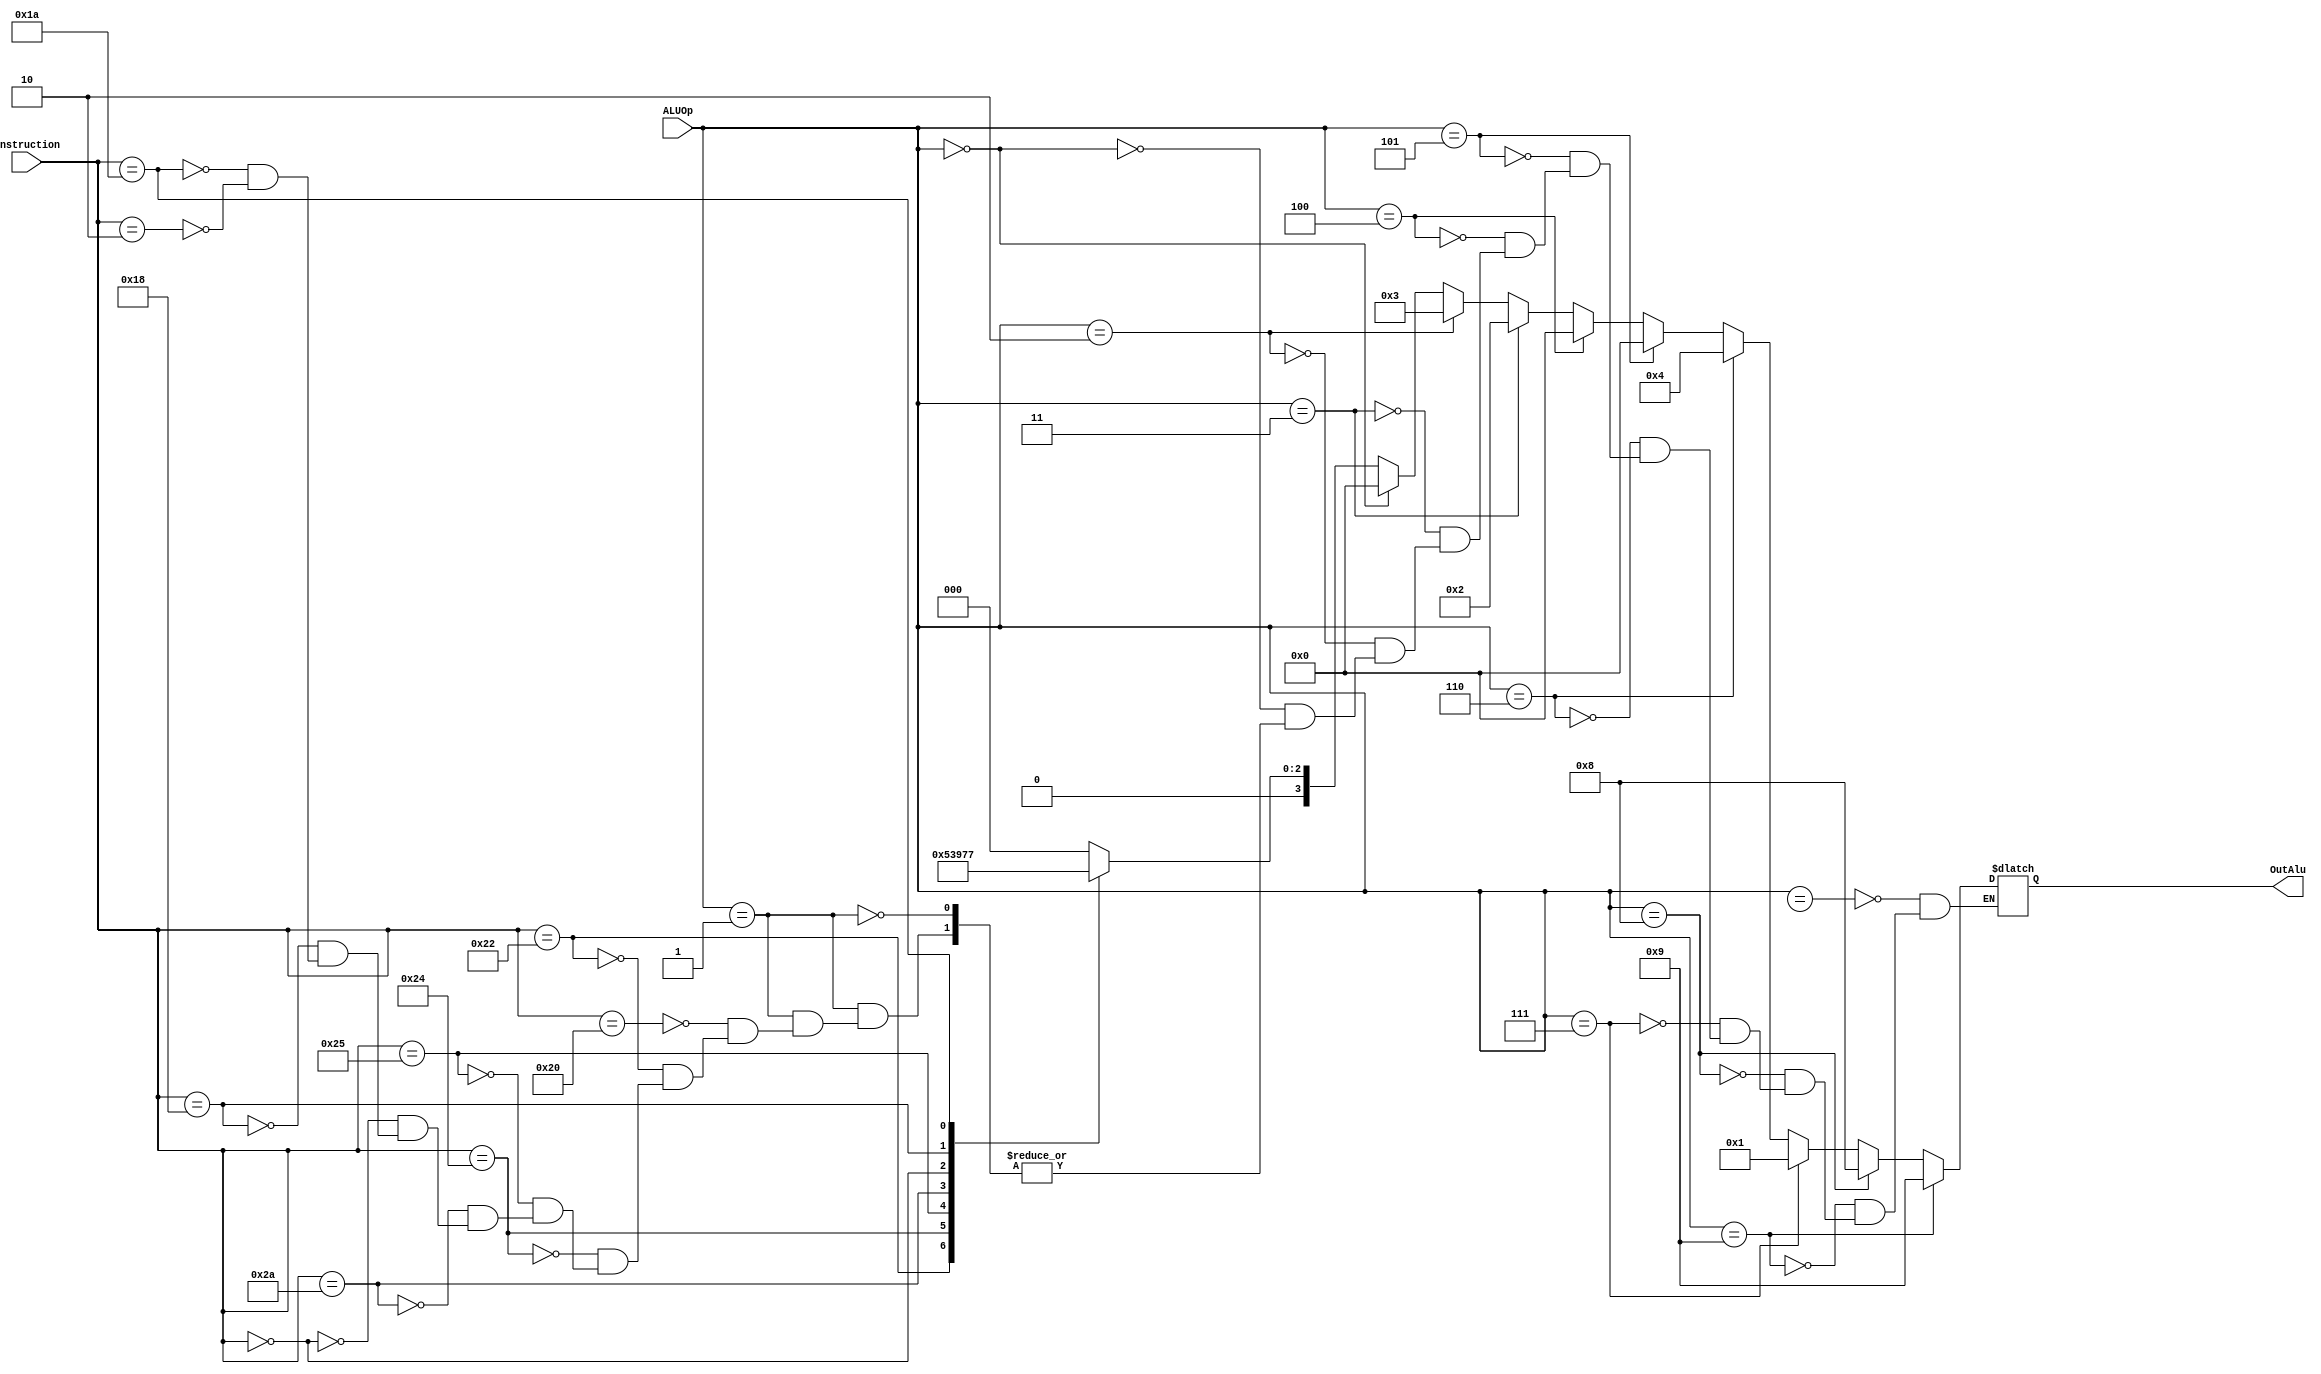
`timescale 1ns/1ns
module ALUCONTROL(
    input [5:0] Instruction,
    input [3:0] ALUOp,
    output reg[3:0] OutAlu
);
always @* 
begin
    if (ALUOp == 4'b0001)
    begin
      case (Instruction)
          6'b100000:
          begin
            OutAlu = 4'd0;
          end
          6'b100010:
          begin
            OutAlu = 4'd1;
          end
          6'b100100:
          begin
            OutAlu = 4'd2;
          end
          6'b100101:
          begin
            OutAlu = 4'd3;
          end
          6'b101010:
          begin
            OutAlu = 4'd4;
          end
      6'b000000:
          begin
            OutAlu = 4'd5;
          end
      6'b011000:
          begin
            OutAlu = 4'd6;
          end
      6'b011010:
          begin
            OutAlu = 4'd7;
          end
        6'b000010: //Mismo que tipo J
        begin
            OutAlu = 4'dx;
        end
        endcase
    end
	
	//Addi.
	if (ALUOp == 4'b0000)
	begin
	 OutAlu = 4'd0;
	end
	
	//Ori.
	if (ALUOp == 4'b0010) 
	begin
	 OutAlu = 4'd3;
	end
	
	//Andi
	if (ALUOp == 4'b0011) 
	begin
	 OutAlu = 4'd2;
	end
	
	//LW
	if (ALUOp == 4'b0100) 
	begin
	 OutAlu = 4'd0;
	end
	
	//SW
	if (ALUOp == 4'b0101) 
	begin
	 OutAlu = 4'd0;
	end
	
	//Slti
	if (ALUOp == 4'b0110) 
	begin
	 OutAlu = 4'd4;
	end
	
	//beq
	if (ALUOp == 4'b0111) 
	begin
	 OutAlu = 4'd1;
	end
	
	//bne
	if (ALUOp == 4'b1000) 
	begin
	 OutAlu = 4'd8;
	end
	
	//bgtz
	if (ALUOp == 4'b1001) 
	begin
	 OutAlu = 4'd9;
	end
	//Jump
	if(ALUOp == 4'bx)
	begin
	  OutAlu = 4'dx;
	end

end
endmodule